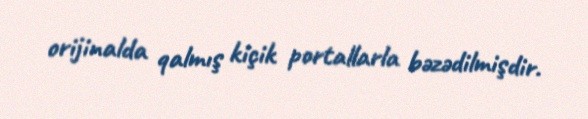
orijinalda qalmış kiçik portallarla bəzədilmişdir.